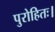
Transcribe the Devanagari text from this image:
पुरोहितः।